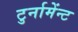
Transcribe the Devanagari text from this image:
टुर्नामेंन्ट